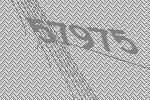
57975